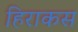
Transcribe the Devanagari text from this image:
हिराकस